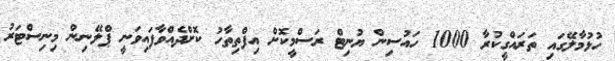
ހުޅުމާލޭގައި ތަރައްގީކުރާ 1000 ހައުސިން ޔުނިޓް ރަސްމީކޮށް އިފްތިތާހު ކޮށްދެއްވާފައިވަނީ ޕްލޭނިން މިނިސްޓަރު